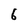
Character: 6